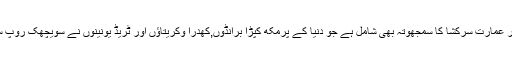
انمیں آگ اور عمارت سرکشا کا سمجھوتہ بھی شامل ہے جو دنیا کے پرمکھ کپڑا برانڈوں,کھدرا وکریتاؤں اور ٹریڈ یونینوں نے سویچھک روپ سے کیا ہے۔